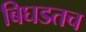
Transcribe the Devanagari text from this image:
बिघडतच